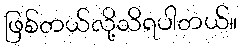
ဖြစ်တယ်လို့သိရပါတယ်။